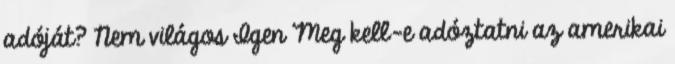
adóját? Nem világos Igen Meg kell-e adóztatni az amerikai